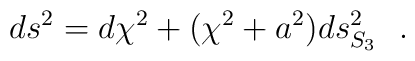
ds^2=d\chi^2+(\chi^2+a^2)ds^2_{S_3}~~.